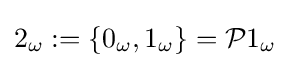
2_{\omega }:=\{0_{\omega },1_{\omega }\}={\mathcal {P}}1_{\omega }